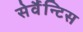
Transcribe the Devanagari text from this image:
सेर्वैन्टिस